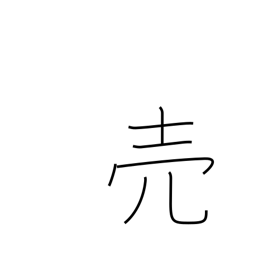
Meaning: sell